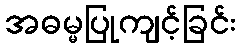
အဓမ္မပြုကျင့်ခြင်း